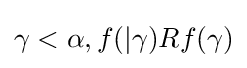
\gamma <\alpha ,f(|\gamma )Rf(\gamma )